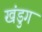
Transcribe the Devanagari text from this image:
खंडुग